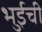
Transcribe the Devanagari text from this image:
भुईची